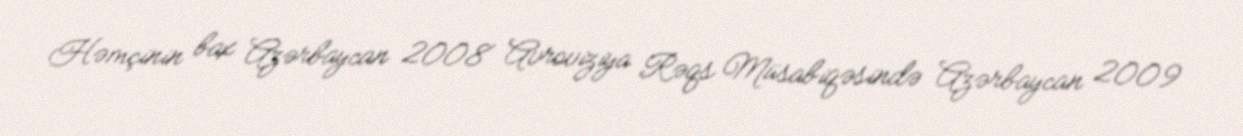
Həmçinin bax Azərbaycan 2008 Avroviziya Rəqs Müsabiqəsində Azərbaycan 2009